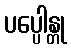
ပပ္ပေါန္တု